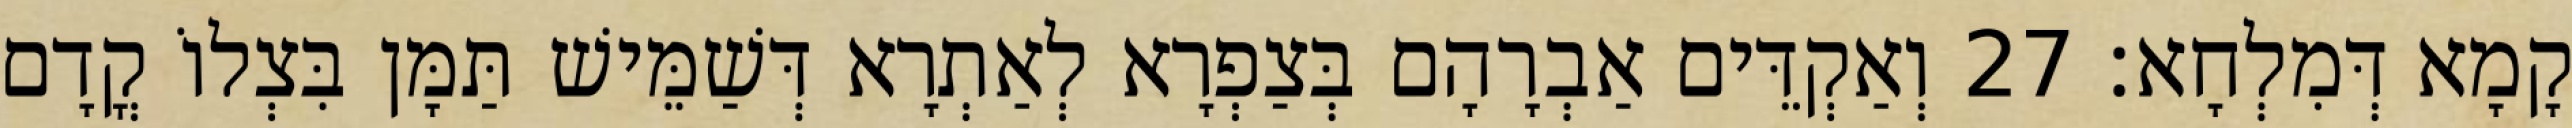
קָמָא דְּמִלְחָא׃ 27 וְאַקְדֵּים אַבְרָהָם בְּצַפְרָא לְאַתְרָא דְּשַׁמֵּישׁ תַּמָּן בִּצְלוֹ קֳדָם